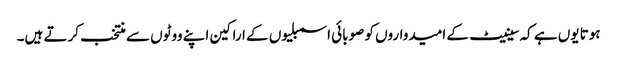
ہوتا یوں ہے کہ سینیٹ کے امیدواروں کو صوبائی اسمبلیوں کے اراکین اپنے ووٹوں سے منتخب کرتے ہیں۔